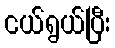
ငယ်ရွယ်ပြီး